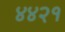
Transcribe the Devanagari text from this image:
४४२१